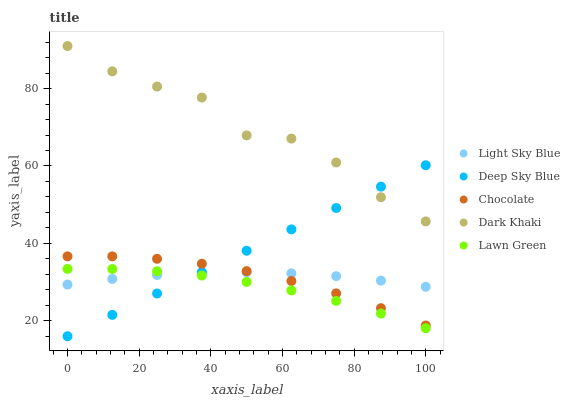
| xaxis_label | Light Sky Blue | Deep Sky Blue | Chocolate | Dark Khaki | Lawn Green |
 | --- | --- | --- | --- | --- | --- |
 | 0 | 29.4 | 16 | 36.6 | 91 | 33.4 |
 | 12.5 | 30.8 | 21.5 | 36.6 | 84.5 | 33.4 |
 | 25 | 31.8 | 27 | 36 | 80.5 | 32.8 |
 | 37.5 | 32.4 | 32.6 | 34.7 | 77.7 | 31.7 |
 | 50 | 32.5 | 38.1 | 32.8 | 67.9 | 30 |
 | 62.5 | 32.3 | 43.6 | 30.3 | 67.1 | 27.9 |
 | 75 | 31.5 | 49.1 | 27.1 | 60.9 | 25.1 |
 | 87.5 | 30.4 | 54.7 | 23.3 | 51.9 | 21.9 |
 | 100 | 28.8 | 60.2 | 18.8 | 45.7 | 18.1 |